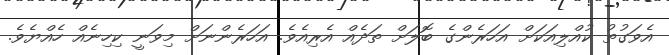
އެވަގުތު ކުއްލިއަކަށް އަހަރެންގެ ބޮލަށް ތަދެއް އެރިއެވެ. އަހަރެންނަށް މިވަނީ ކިހިނެއް ހެއްޔެވެ.